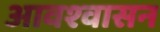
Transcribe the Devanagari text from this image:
आवश्‍वासन